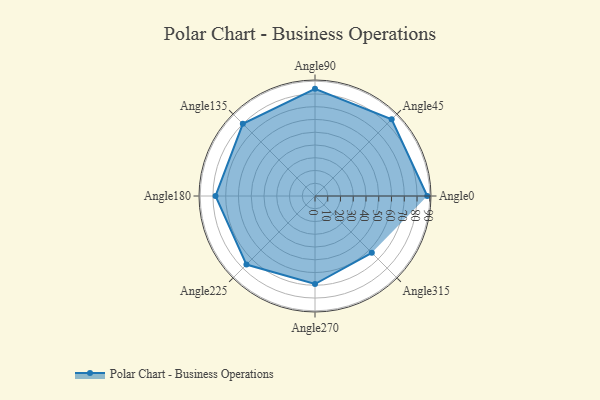
{"axis": {"x": "Angle", "y": "Radius"}, "legend": [""], "data": [{"x": "Angle0", "y": 88.0, "type": ""}, {"x": "Angle45", "y": 85.0, "type": ""}, {"x": "Angle90", "y": 84.0, "type": ""}, {"x": "Angle135", "y": 80.0, "type": ""}, {"x": "Angle180", "y": 78.0, "type": ""}, {"x": "Angle225", "y": 76.0, "type": ""}, {"x": "Angle270", "y": 69.0, "type": ""}, {"x": "Angle315", "y": 63.0, "type": ""}]}